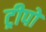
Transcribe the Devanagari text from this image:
ट्रीपो